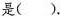
是( ).